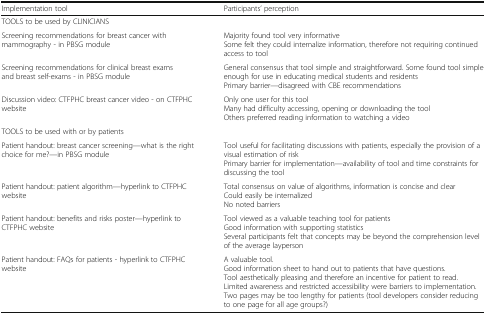
<table><thead><tr><td><b>Implementation tool</b></td><td><b>Participants’ perception</b></td></tr></thead><tbody><tr><td colspan="2">TOOLS to be used by CLINICIANS</td></tr><tr><td>Screening recommendations for breast cancer with mammography - in PBSG module</td><td>Majority found tool very informativeSome felt they could internalize information, therefore not requiring continued access to tool</td></tr><tr><td>Screening recommendations for clinical breast exams and breast self-exams - in PBSG module</td><td>General consensus that tool simple and straightforward. Some found tool simple enough for use in educating medical students and residentsPrimary barrier—disagreed with CBE recommendations</td></tr><tr><td>Discussion video: CTFPHC breast cancer video - on CTFPHC website</td><td>Only one user for this toolMany had difficulty accessing, opening or downloading the toolOthers preferred reading information to watching a video</td></tr><tr><td colspan="2">TOOLS to be used with or by patients</td></tr><tr><td>Patient handout: breast cancer screening—what is the right choice for me?—in PBSG module</td><td>Tool useful for facilitating discussions with patients, especially the provision of a visual estimation of riskPrimary barrier for implementation—availability of tool and time constraints for discussing the tool</td></tr><tr><td>Patient handout: patient algorithm—hyperlink to CTFPHC website</td><td>Total consensus on value of algorithms, information is concise and clearCould easily be internalizedNo noted barriers</td></tr><tr><td>Patient handout: benefits and risks poster—hyperlink to CTFPHC website</td><td>Tool viewed as a valuable teaching tool for patientsGood information with supporting statisticsSeveral participants felt that concepts may be beyond the comprehension level of the average layperson</td></tr><tr><td>Patient handout: FAQs for patients - hyperlink to CTFPHC website</td><td>A valuable tool.Good information sheet to hand out to patients that have questions.Tool aesthetically pleasing and therefore an incentive for patient to read.Limited awareness and restricted accessibility were barriers to implementation.Two pages may be too lengthy for patients (tool developers consider reducing to one page for all age groups?)</td></tr></tbody></table>